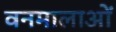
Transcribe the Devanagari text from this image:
वनमालाओं